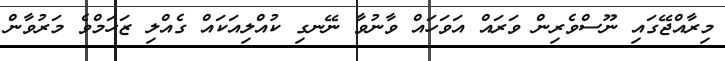
މިރާއްޖޭގައި ނޫސްވެރިން ވަރައް އަވަހައް ވާނުވާ ނޭނގި ކުއްލިއަކައް ގެއްލި ޒަހަމްވެ މަރުވާން